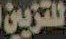
للتزيين